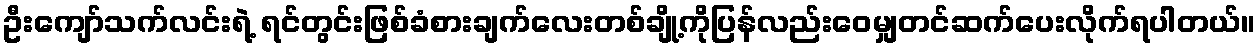
ဦးကျော်သက်လင်းရဲ့ ရင်တွင်းဖြစ်ခံစားချက်လေးတစ်ချို့ကိုပြန်လည်းဝေမျှတင်ဆက်ပေးလိုက်ရပါတယ်။